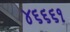
૪૬૬૬૧